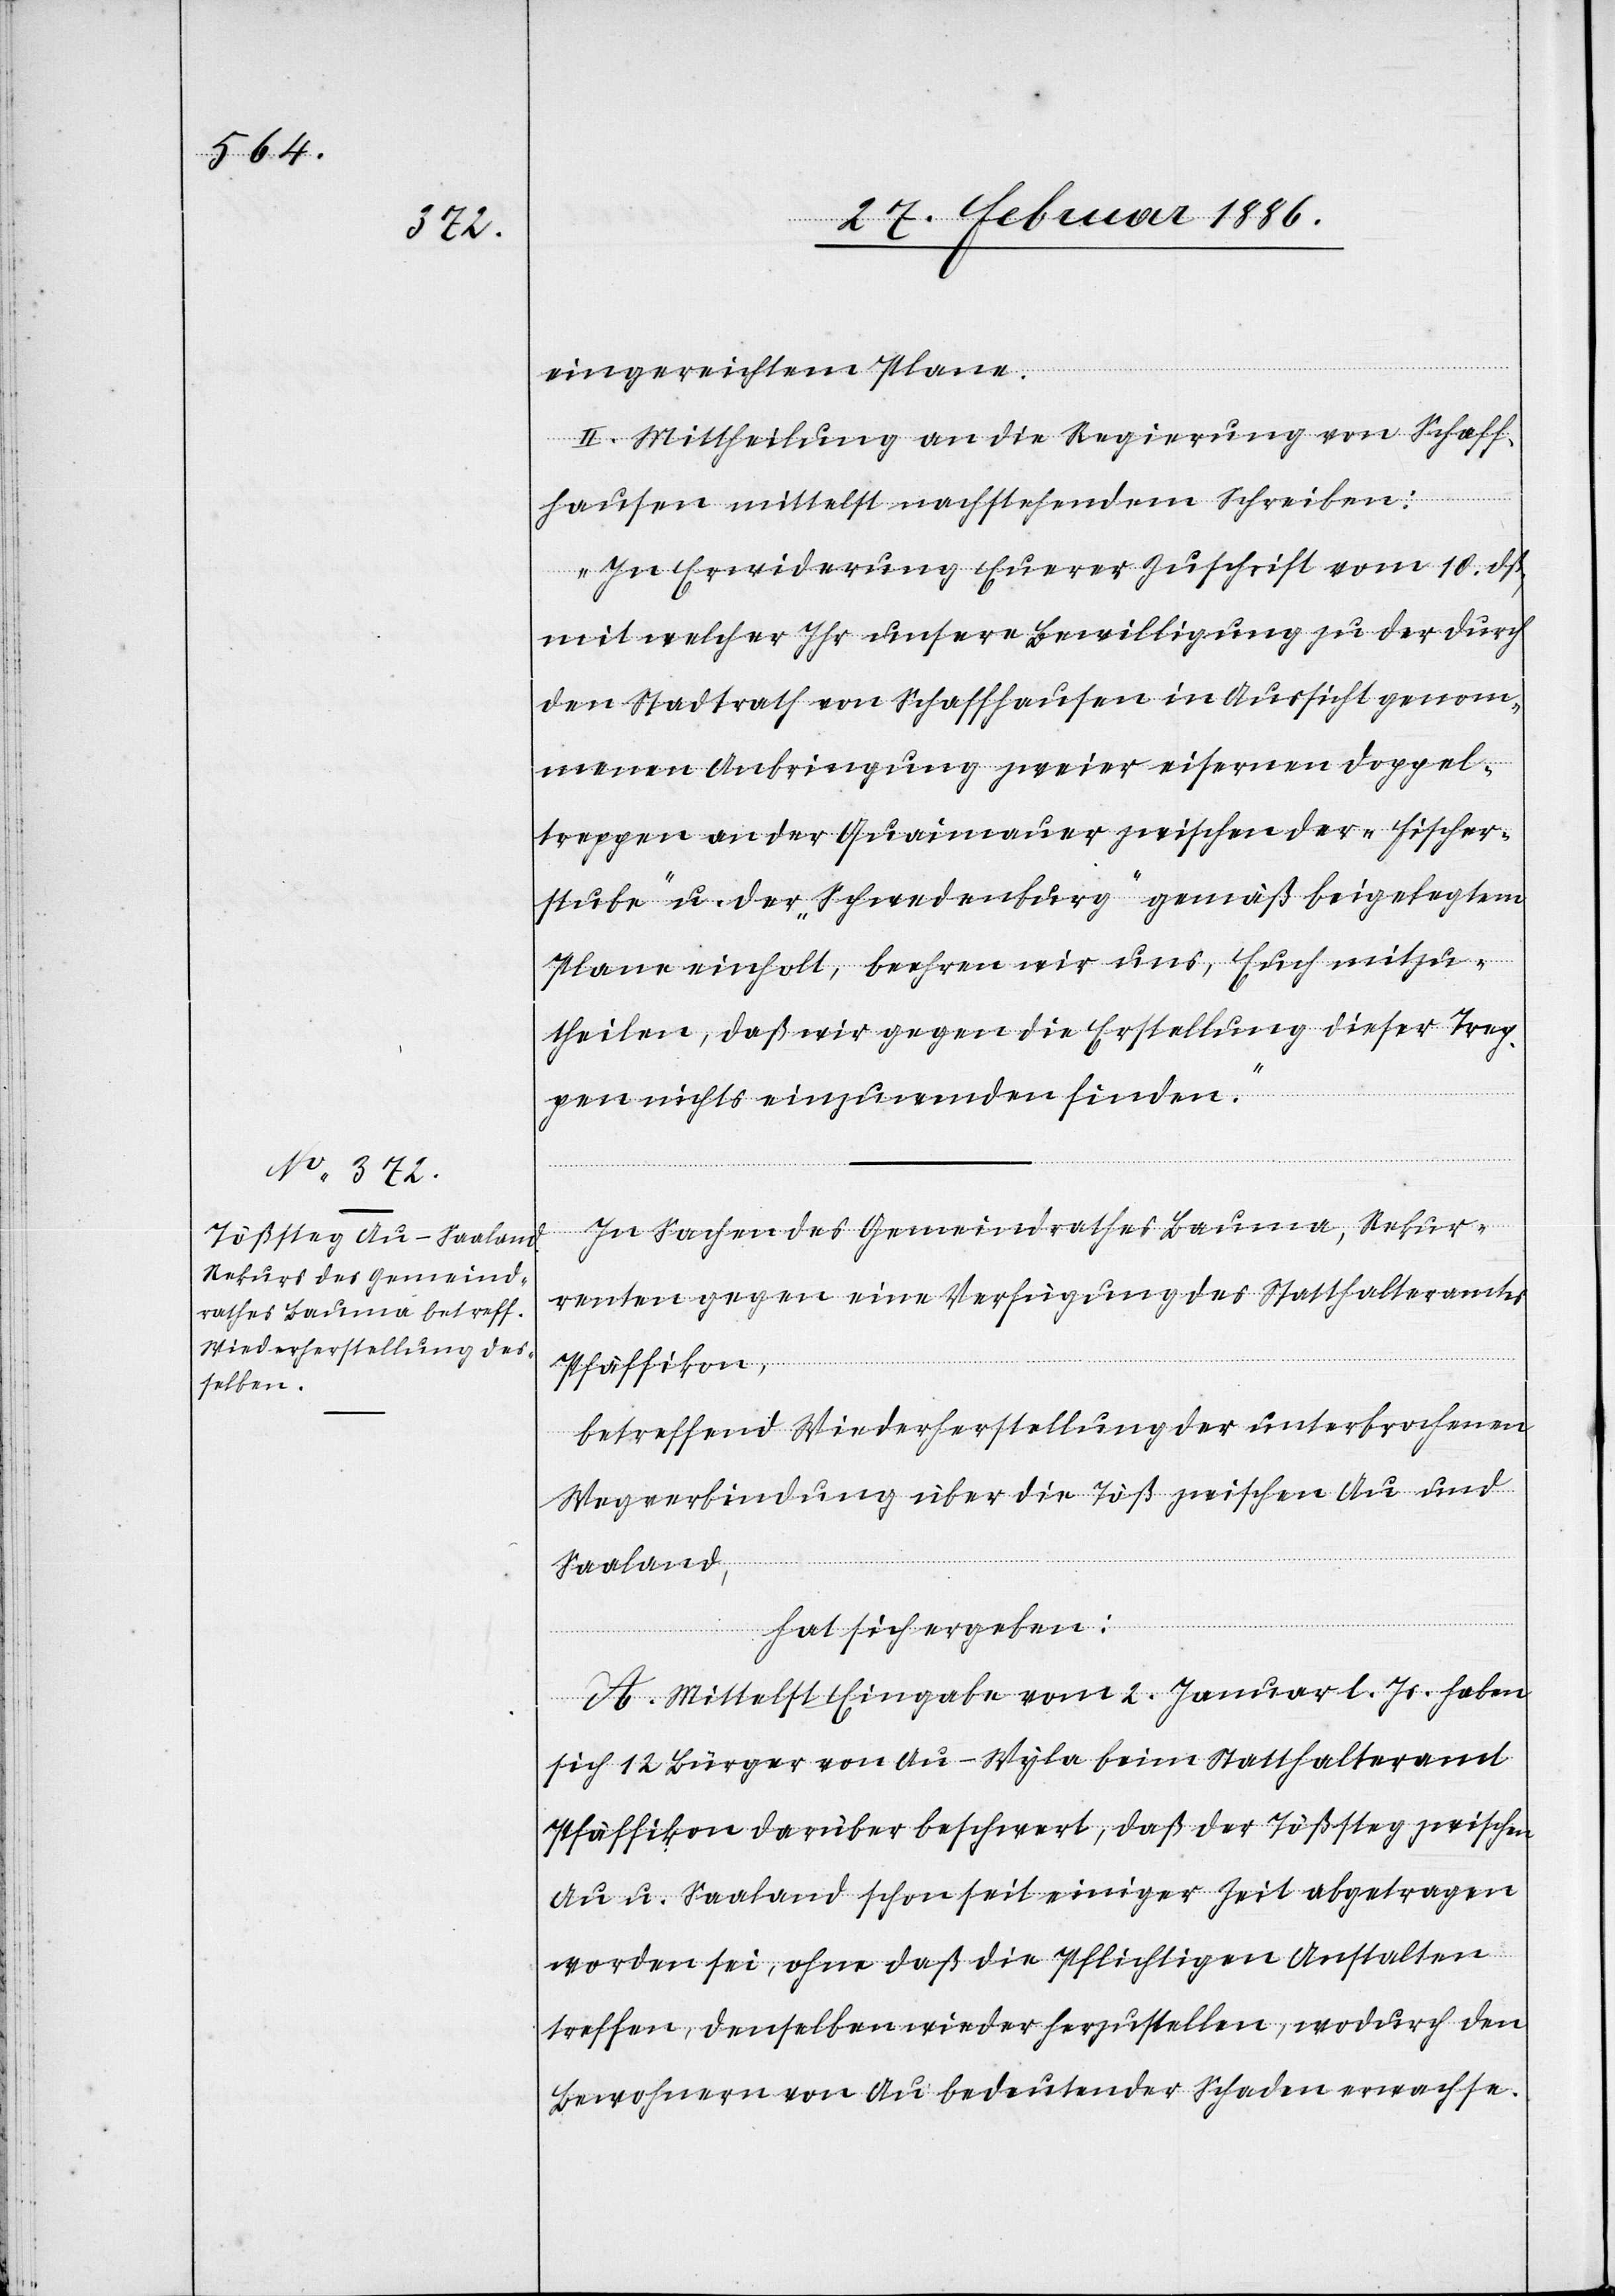
eingereichtem Plane.
II. Mittheilung an die Regierung von Schaff¬
hausen mittelst nachstehendem Schreiben:
„In Erwiederung Euerer Zuschrift vom 10. dß.,
mit welcher Ihr unsere Bewilligung zu der durch
den Stadtrath von Schaffhausen in Aussicht genom¬
menen Anbringung zweier eisernen Doppel¬
treppen an der Quaimauer zwischen der „Fischer¬
stube“ u. der „Schwedenburg“ gemäß beigelegtem
Plane einholt, beehren wir uns, Euch mitzu¬
theilen, daß wir gegen die Erstellung dieser Trep¬
pen nichts einzuwenden finden.“
In Sachen des Gemeindrathes Bauma, Rekur¬
renten gegen eine Verfügung des Statthalteramtes
Pfäffikon,
betreffend Wiederherstellung der unterbrochenen
Wagenverbindung über die Töß zwischen Au und
Saaland,
hat sich ergeben:
A. Mittelst Eingabe vom 2. Januar l. Js. haben
sich 12 Bürger von Au - Wyla beim Statthalteramt
Pfäffikon darüber beschwert, daß der Tößsteg zwischen
Au u. Saaland schon seit einiger Zeit abgetragen
worden sei, ohne daß die Pflichtigen Anstalten
treffen, denselben wieder herzustellen, wodurch den
Bewohnern von Au bedeutender Schaden erwachse.